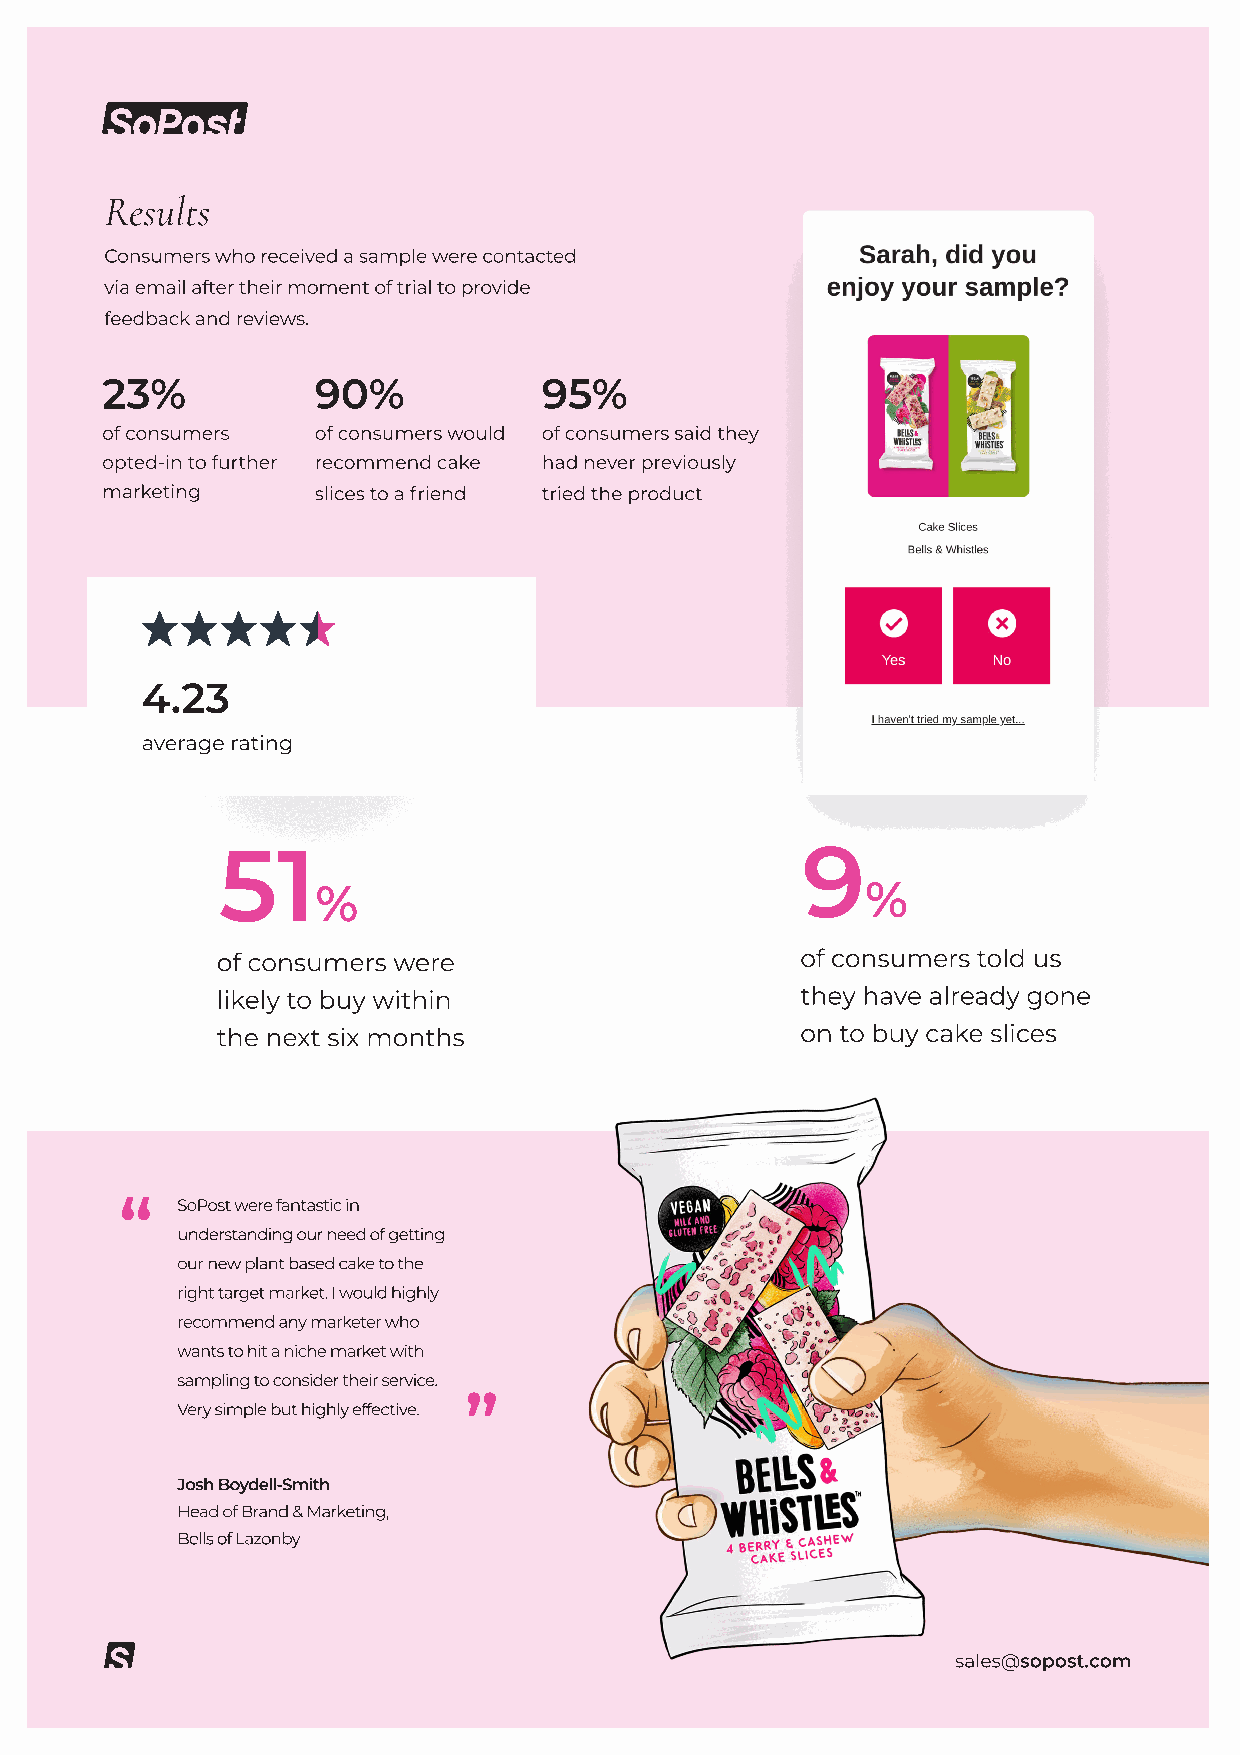
Results
 Consumers who received a sample were contacted
 via email after their moment of trial to provide
 feedback and reviews.
 23%           90%            95%
 of consumers  of consumers would of consumers said they
 opted-in to further recommend cake had never previously
 marketing     slices to a friend tried the product
 4.23
 average rating
 51                                     9
 %                                   %
 of consumers were                      of consumers told us
 likely to buy within                   they have already gone
 the next six months                    on to buy cake slices
 “
 SoPost were fantastic in
 understanding our need of getting
 our new plant based cake to the
 right target market. I would highly
 recommend any marketer who
 wants to hit a niche market with
 sampling to consider their service. ”
 Very simple but highly effective.
 Josh Boydell-Smith
 Head of Brand & Marketing,
 Bells of Lazonby
 sales@sopost.com